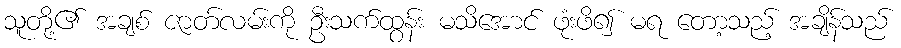
သူတို့၏ အချစ် ဇာတ်လမ်းကို ဦးသက်ထွန်း မသိအောင် ဖုံးဖိ၍ မရ တော့သည့် အချိန်သည်